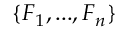
\{ \boldsymbol { F } _ { 1 } , . . . , \boldsymbol { F } _ { n } \}